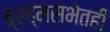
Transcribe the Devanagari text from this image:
ब्रह्मसभेतही